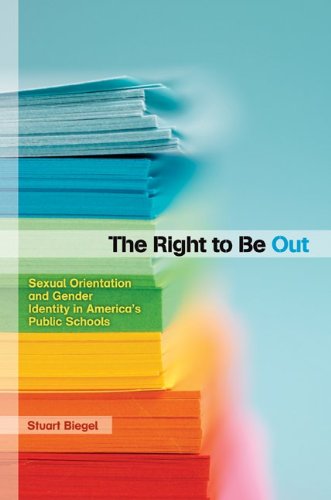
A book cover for The Right to Be Out: Sexual Orientation and Gender Identity in AmericaEEs Public Schools; Stuart Biegel; Gay & Lesbian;